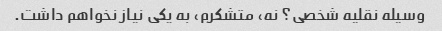
وسیله نقلیه شخصی؟ نه، متشکرم، به یکی نیاز نخواهم داشت.